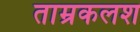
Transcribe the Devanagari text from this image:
ताम्रकलश